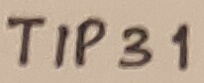
Text: TIP31